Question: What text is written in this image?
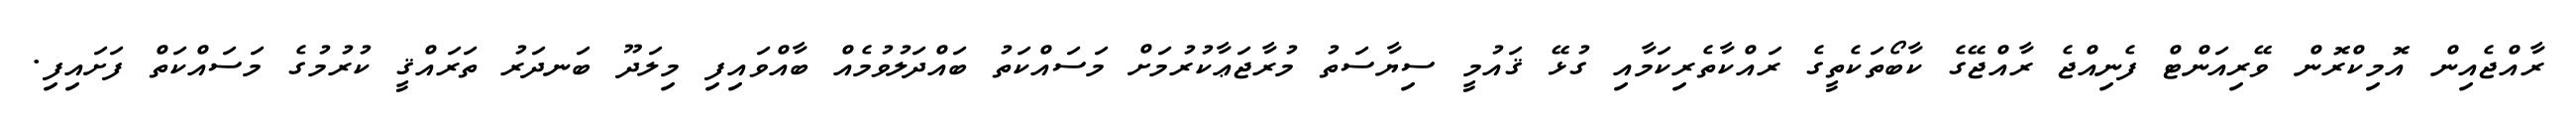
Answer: ރާއްޖެއިން އޮމިކްރޮން ވޭރިއަންޓް ފެނިއްޖެ ރާއްޖޭގެ ކާބޯތަކެތީގެ ރައްކާތެރިކަމާއި ގުޅޭ ޤައުމީ ސިޔާސަތު މުރާޖަޢާކުރުމަށް މަސައްކަތު ބައްދަލުވުމެއް ބާއްވައިފި މިލަދޫ ބަނދަރު ތަރައްޤީ ކުރުމުގެ މަސައްކަތް ފަށައިފި.